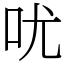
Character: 㕱